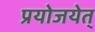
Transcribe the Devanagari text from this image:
प्रयोजयेत्